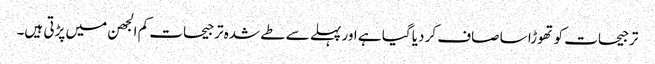
ترجیحات کو تھوڑا سا صاف کر دیا گیا ہے اور پہلے سے طے شدہ ترجیحات کم الجھن میں پڑتی ہیں۔